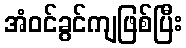
အံဝင်ခွင်ကျဖြစ်ပြီး